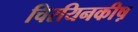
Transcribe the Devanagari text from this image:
चिरयिनकीष़